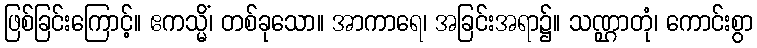
ဖြစ်ခြင်းကြောင့်။ ဧကသ္မိံ၊ တစ်ခုသော။ အာကာရေ၊ အခြင်းအရာ၌။ သဏ္ဌာတုံ၊ ကောင်းစွာ